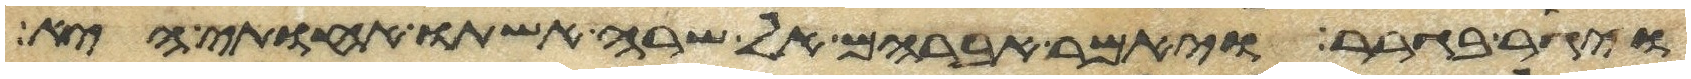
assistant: ויגר בגרר ויאמר אברהם אל שרה אשתו אחותי היא